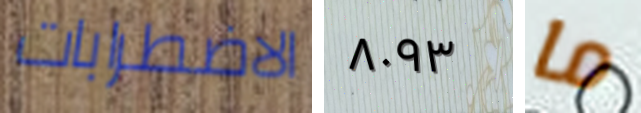
الاضطرابات ٨٠٩٣ ما